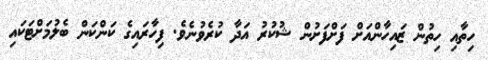
ހިތާއި ހިތުން ޒައިހާންއަށް ފަށްފަށުން ޝުކުރު އަދާ ކުރެވުނެވެ. ފިހާރައިގެ ކަންކަން ބެލުމަށްޓަކައި